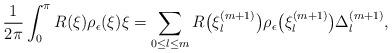
LaTeX: \begin{align*}\frac{1}{2\pi} \int_0^\pi R (\xi) \rho_\epsilon (\xi) \xi = \sum_{0\leq {l}\leq m} R\bigl( \xi _{{l}}^{(m+1)}\bigr) \rho_\epsilon \bigl(\xi _{l}^{(m+1)}\bigr) {\Delta}^{(m+1)}_{{l}} ,\end{align*}